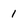
Character: 1